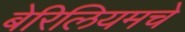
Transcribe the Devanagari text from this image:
बेरिलियमचे